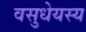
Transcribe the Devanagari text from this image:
वसुधेयस्य